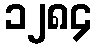
၁၂၈၄